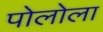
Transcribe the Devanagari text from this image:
पोलोला